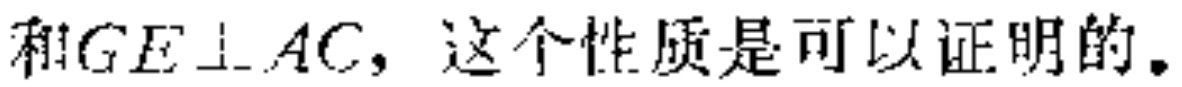
和$GE\perp AC$，这个性质是可以证明的。